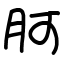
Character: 胢